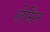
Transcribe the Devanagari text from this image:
लेसिन